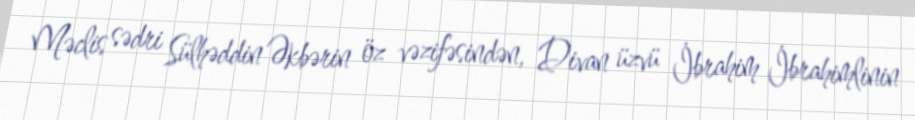
Məclis sədri Sülhəddin Əkbərin öz vəzifəsindən, Divan üzvü İbrahim İbrahimlinin